Document type: Sale
Year: 1435
Scribe: Pere Soler
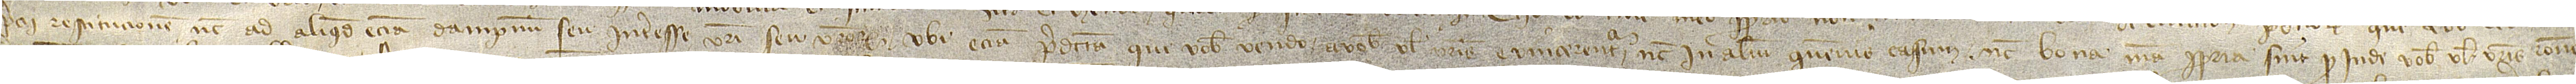
precii restitucionem nec ad aliquod etiam dampnum seu interesse vestri seu vestrorum, ubi etiam predicta que vobis vendo vobis vel vestris evincerentur nec in alium quemvis casum nec bona mea propria sint pro inde vobis vel vestris ratione